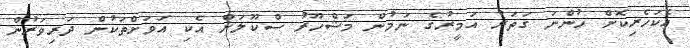
އެކަހެރިކޮށް ހުންނަ ގަތަރު އަމީރުގެ ނަމުން މަޝްހޫރު ސްކޫލަށް އެކި އަވަށްތަކުން ދަރިވަރުން